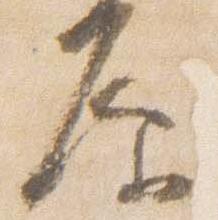
原